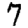
Digit: 7